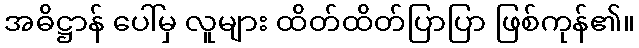
အဓိဋ္ဌာန် ပေါ်မှ လူများ ထိတ်ထိတ်ပြာပြာ ဖြစ်ကုန်၏။